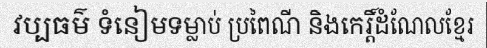
វប្បធម៌ ទំនៀមទម្លាប់ ប្រពៃណី និងកេរ្តិ៍ដំណែលខ្មែរ